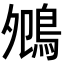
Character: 𪀈